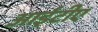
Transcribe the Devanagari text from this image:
आईटीए